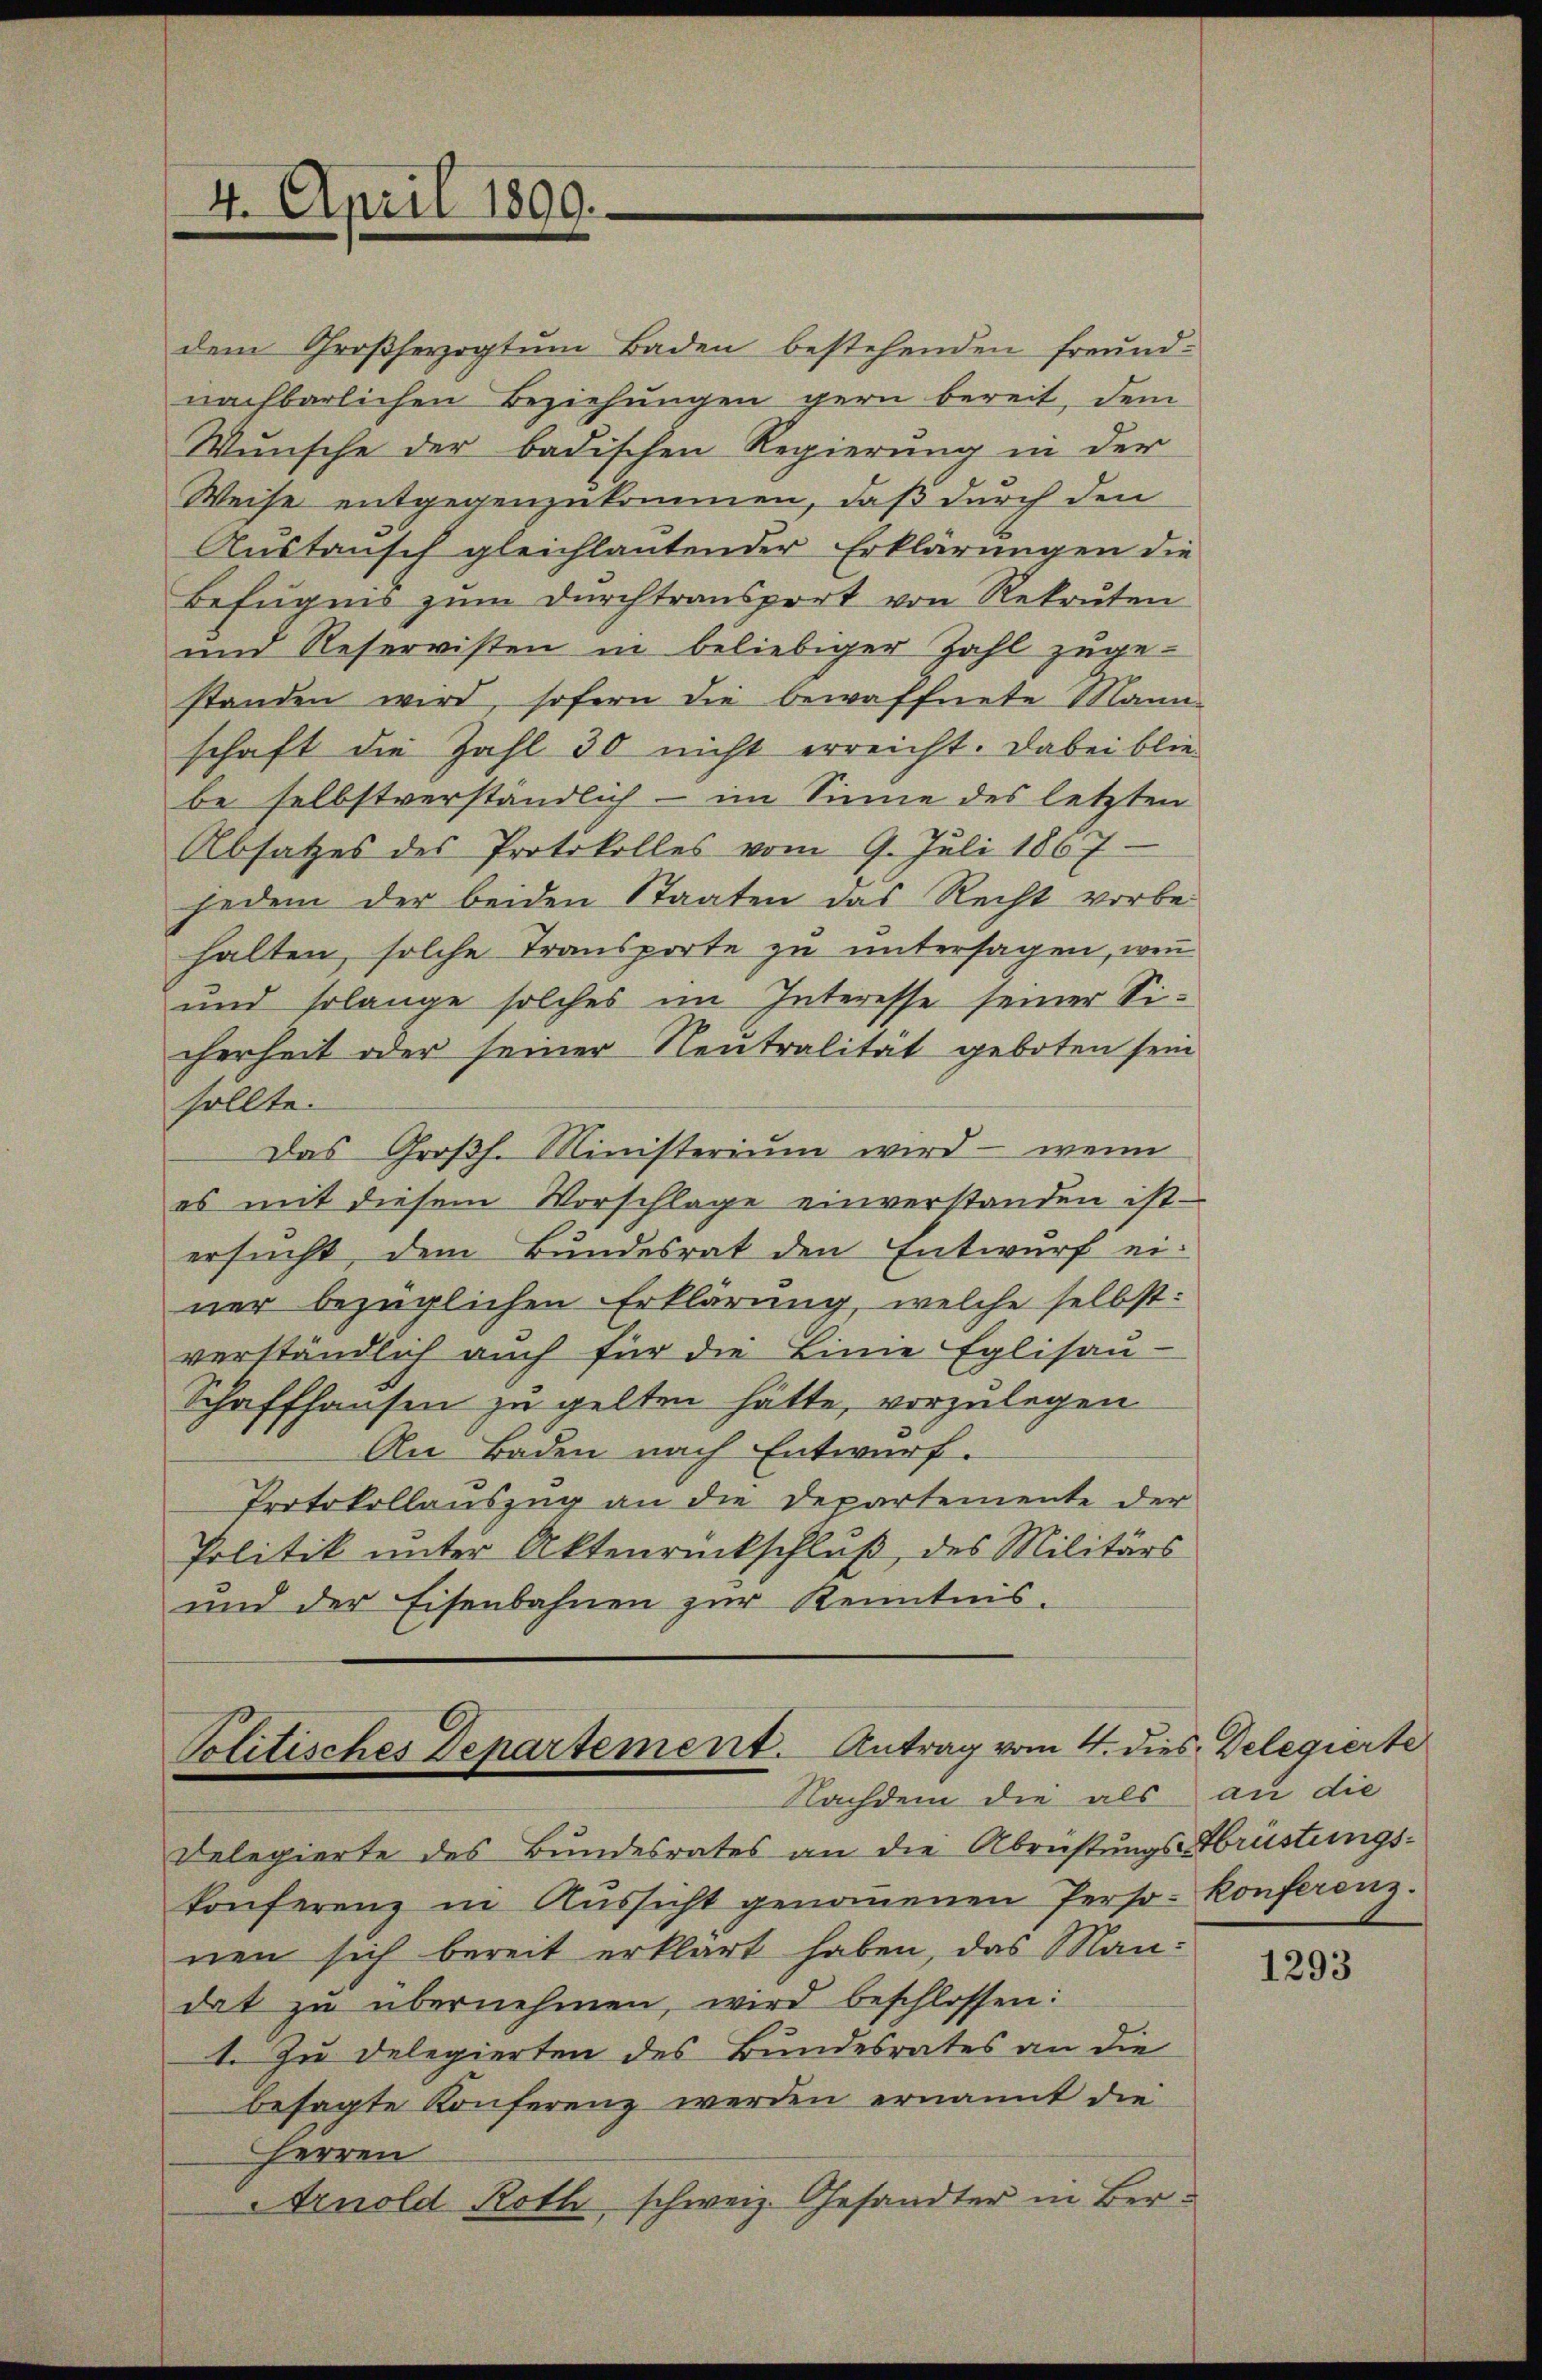
4. April 1899.

Politisches Departement. Antrag vom 4. dies Delegierte
Nachdem die als

dem Großherzogtum Baden bestehenden freund-
nachbarlichen Beziehungen gern bereit, dem
Wünsche der badischen Regierung in der
Weise entgegenzukommen, daß durch den
Austausch gleichlautender Erklärungen die
Befugnis zŭm Durchtransport von Rekruten
und Reservisten in beliebiger Zahl zuge-
standen wird, sofern die bewaffnete Mann
schaft die Zahl 30 nicht erreicht. Dabei blie-
be selbstverständlich - im Sinne des letzten
Absatzes des Protokolles vom 9. Juli 1867.
jedem der beiden Staaten das Recht vorbehalten, solche Transporte zu untersagen, wenn
und solange solches im Interesse seiner Sicherheit oder seiner Neutralität geboten sein
sollte.
Das Großh. Ministerium wird — wenn
es mit diesem Vorschlage einverstanden ist.
ersucht, dem Bundesrat den Entwurf ei-
ner bezüglichen Erklärung, welche selbst:
verständlich auch für die Linie Eglisau-
Schaffhausen zu gelten hätte, vorzulegen
An Baden nach Entwurf.
Protokollauszug an die Departemente der
Politik unter Aktenrückschluß, des Militärs
und der Eisenbahnen zur Kenntnis.

Delegierte des Bundesrates an die Abrichtungsbrüstungskonferenz in Aŭssicht genoṁenen Perso- Konferenz.
nen sich bereit erklärt haben, das Mandat zu übernehmen, wird beschlossen:
1. Zu delegierten des Bundesrates an die
besagte Konferenz werden ernannt die
Herren
Arnold Roth schweiz. Gesandter in Ber¬

an die

1293